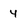
Character: 4